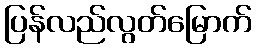
ပြန်လည်လွတ်မြောက်